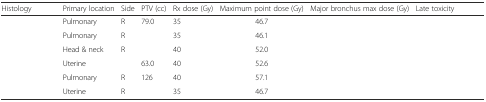
<table><thead><tr><td><b>Histology</b></td><td><b>Primary location</b></td><td><b>Side</b></td><td><b>PTV (cc)</b></td><td><b>Rx dose (Gy)</b></td><td><b>Maximum point dose (Gy)</b></td><td><b>Major bronchus max dose (Gy)</b></td><td><b>Late toxicity</b></td></tr></thead><tbody><tr><td>[EMPTY_CELL]</td><td>Pulmonary</td><td>R</td><td>79.0</td><td>35</td><td>46.7</td><td>[EMPTY_CELL]</td><td>[EMPTY_CELL]</td></tr><tr><td>[EMPTY_CELL]</td><td>Pulmonary</td><td>R</td><td>[EMPTY_CELL]</td><td>35</td><td>46.1</td><td>[EMPTY_CELL]</td><td>[EMPTY_CELL]</td></tr><tr><td>[EMPTY_CELL]</td><td>Head &amp; neck</td><td>R</td><td>[EMPTY_CELL]</td><td>40</td><td>52.0</td><td>[EMPTY_CELL]</td><td>[EMPTY_CELL]</td></tr><tr><td>[EMPTY_CELL]</td><td>Uterine</td><td>[EMPTY_CELL]</td><td>63.0</td><td>40</td><td>52.6</td><td>[EMPTY_CELL]</td><td>[EMPTY_CELL]</td></tr><tr><td>[EMPTY_CELL]</td><td>Pulmonary</td><td>R</td><td>126</td><td>40</td><td>57.1</td><td>[EMPTY_CELL]</td><td>[EMPTY_CELL]</td></tr><tr><td>[EMPTY_CELL]</td><td>Uterine</td><td>R</td><td>[EMPTY_CELL]</td><td>35</td><td>46.7</td><td>[EMPTY_CELL]</td><td>[EMPTY_CELL]</td></tr></tbody></table>